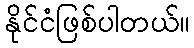
နိုင်ငံဖြစ်ပါတယ်။